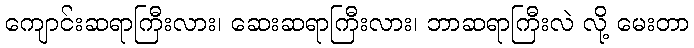
ကျောင်းဆရာကြီးလား၊ ဆေးဆရာကြီးလား၊ ဘာဆရာကြီးလဲ လို့ မေးတာ